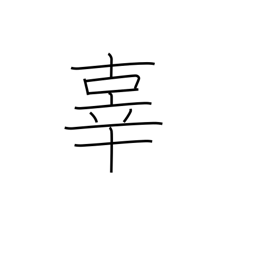
Meaning: sin